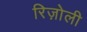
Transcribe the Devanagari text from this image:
रिज़ोली